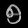
Digit: ၅